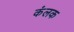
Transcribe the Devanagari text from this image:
कंलक